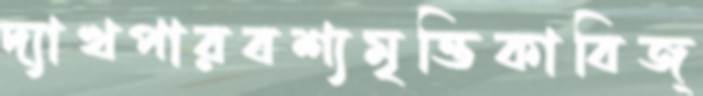
দ্যাখপারবশ্যমৃত্তিকাবিজ্